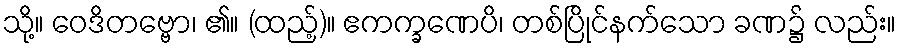
သို့။ ဝေဒိတဗ္ဗော၊ ၏။ (ထည့်)။ ဧကက္ခဏေပိ၊ တစ်ပြိုင်နက်သော ခဏ၌ လည်း။